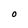
Character: O